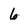
Character: 6